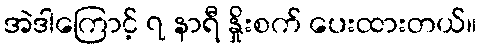
အဲဒါကြောင့် ၇ နာရီ နှိုးစက် ပေးထားတယ်။